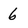
Character: 6